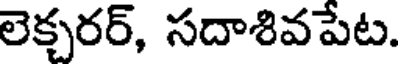
లెక్చరర్, సదాశివపేట.